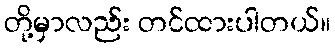
တို့မှာလည်း တင်ထားပါတယ်။